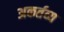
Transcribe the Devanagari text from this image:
अकर्तव्य